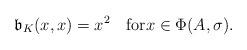
LaTeX: \begin{align*}\mathfrak{b}_K(x,x)=x^2 \quad{\rm for}x\in\Phi(A,\sigma).\end{align*}